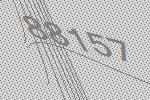
88157